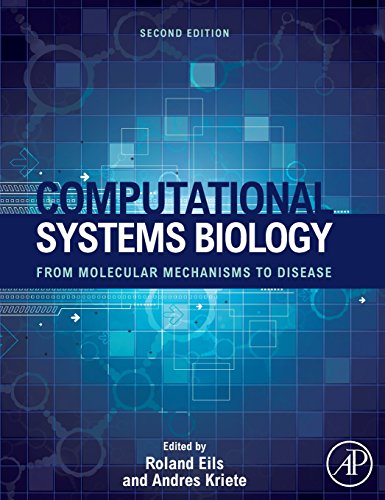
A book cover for Computational Systems Biology, Second Edition: From Molecular Mechanisms to Disease; Science & Math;